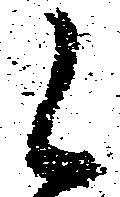
候